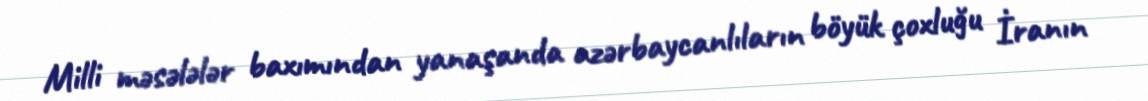
Milli məsələlər baxımından yanaşanda azərbaycanlıların böyük çoxluğu İranın